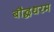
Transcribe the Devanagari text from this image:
बौद्धधरम